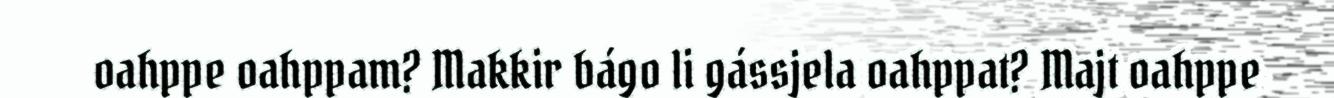
oahppe oahppam? Makkir bágo li gássjela oahppat? Majt oahppe